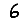
Digit: 6